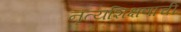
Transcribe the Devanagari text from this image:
नृत्यशिक्षणाची